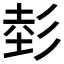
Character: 𱝢